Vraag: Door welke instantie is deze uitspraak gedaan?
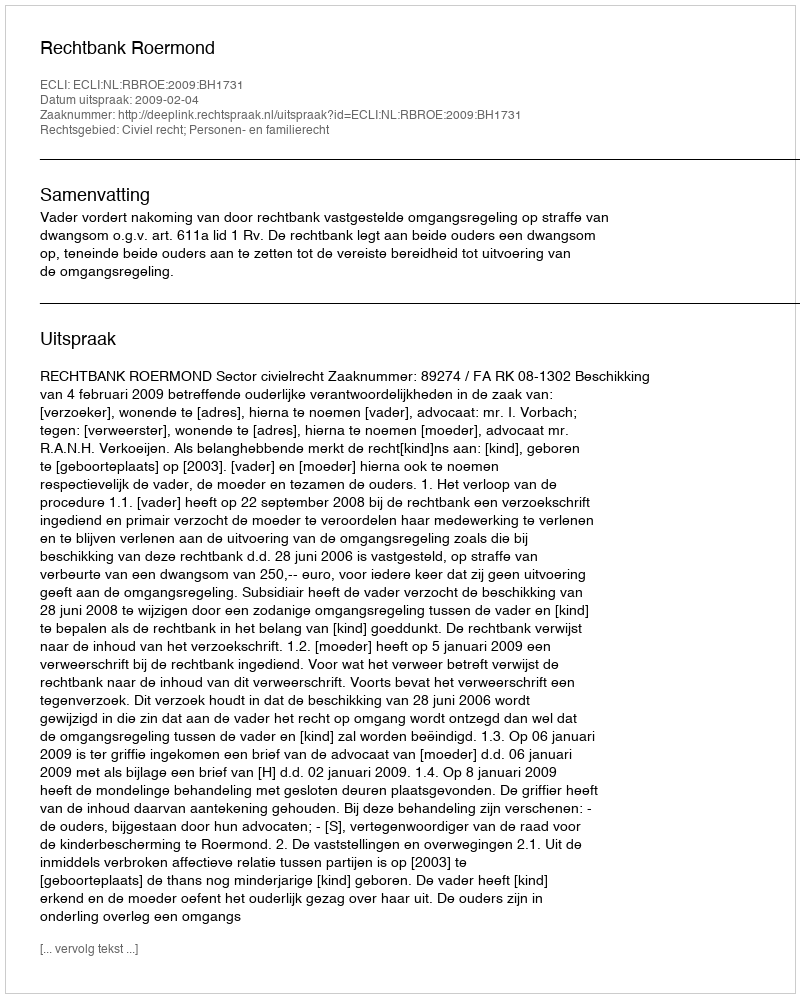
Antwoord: Rechtbank Roermond